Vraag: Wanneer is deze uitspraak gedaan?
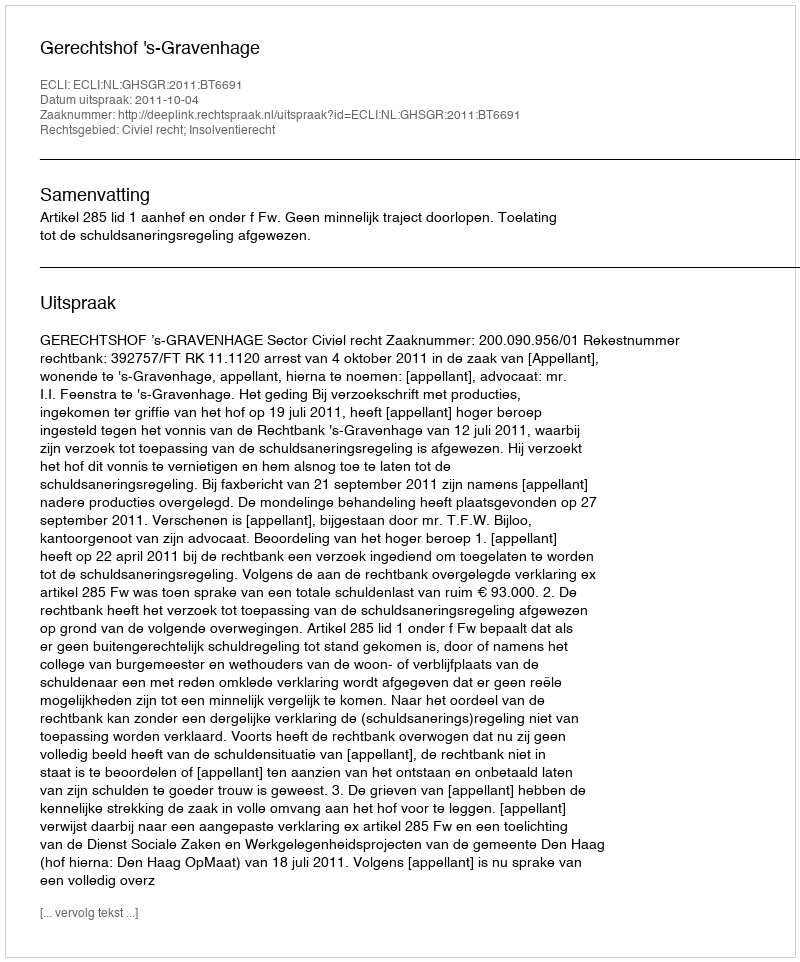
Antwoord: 2011-10-04